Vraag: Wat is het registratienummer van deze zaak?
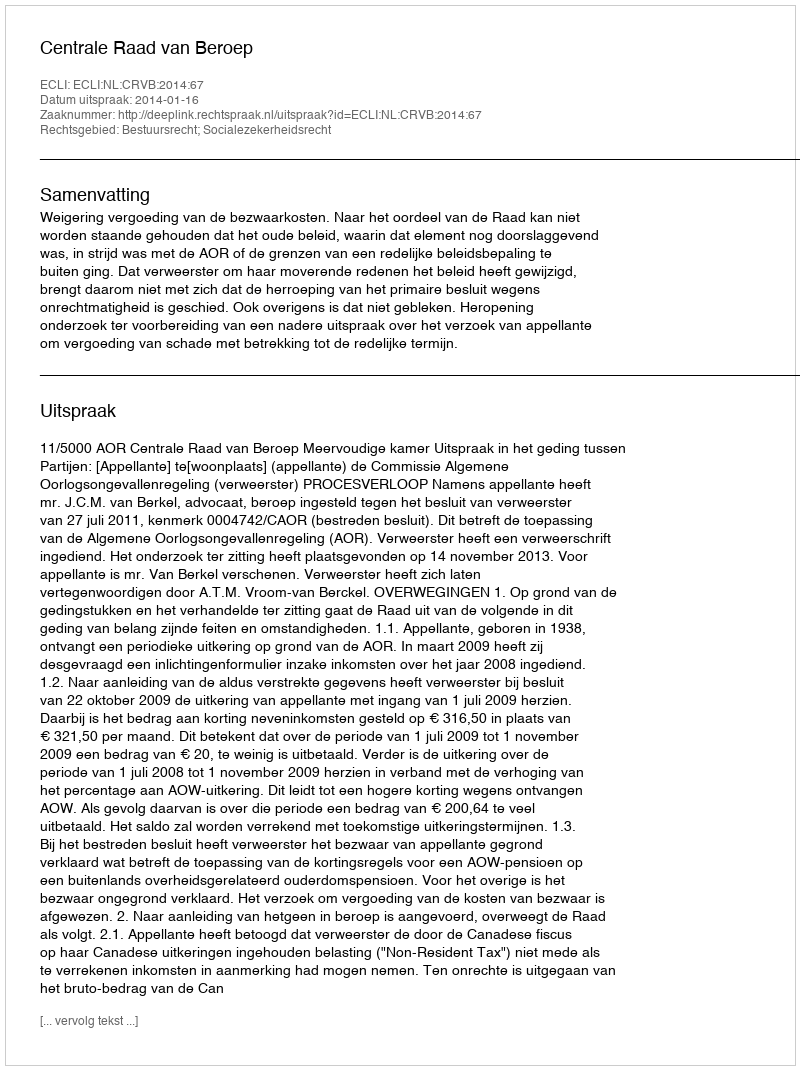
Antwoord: http://deeplink.rechtspraak.nl/uitspraak?id=ECLI:NL:CRVB:2014:67